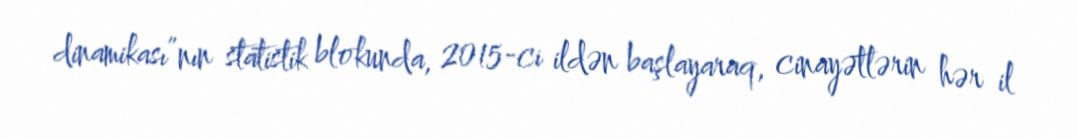
dinamikası”nın statistik blokunda, 2015-ci ildən başlayaraq, cinayətlərin hər il